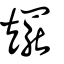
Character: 矲